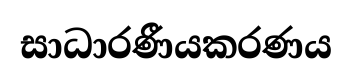
සාධාරණීයකරණය